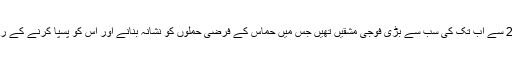
یہ فوجی مشقیں 2014 سے اب تک کی سب سے بڑی فوجی مشقیں تھیں جس میں حماس کے فرضی حملوں کو نشانہ بنانے اور اس کو پسپا کرنے کے راستوں کا جائزہ لیا گیا۔